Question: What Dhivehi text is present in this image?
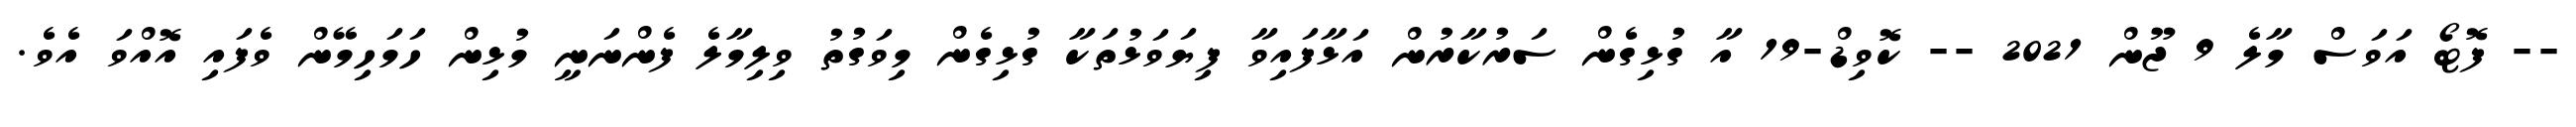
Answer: -- ފޮޓޯ އަވަސް މާލެ 9 ޖޫން 2021 -- ކޮވިޑް-19 އާ ގުޅިގެން ސަރުކާރުން އަޅާފައިވާ ފިޔަވަޅުތަކާ ގުޅިގެން މިވަގުތު ވިލިމާލެ ފެންނަނީ މުޅިން ހަމަހިމޭން ވެފައި އޮއްވަ އެވެ.